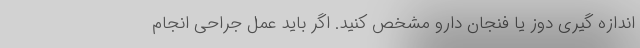
اندازه گیری دوز یا فنجان دارو مشخص کنید. اگر باید عمل جراحی انجام